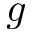
g